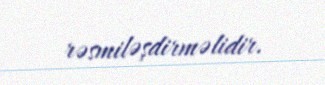
rəsmiləşdirməlidir.